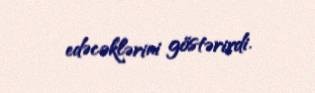
edəcəklərini göstərirdi.